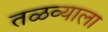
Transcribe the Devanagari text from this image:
तळव्याला